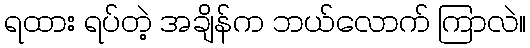
ရထား ရပ်တဲ့ အချိန်က ဘယ်လောက် ကြာလဲ။